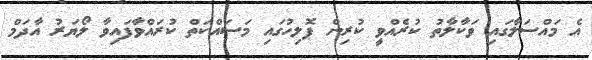
އެ މައްސަލާގައި ވަކާލާތު ކުރެއްވީ ކުރިން ޕޮލިހުގައި މަސައްކަތް ކުރައްވާފައިވާ ލޯޔަރު އާދަމް